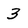
Character: 3